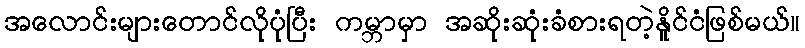
အလောင်းများတောင်လိုပုံပြီး ကမ္ဘာမှာ အဆိုးဆုံးခံစားရတဲ့နိူင်ငံဖြစ်မယ်။